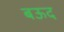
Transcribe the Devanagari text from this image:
बऊद